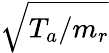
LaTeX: \sqrt{T_{a}/m_{r}}